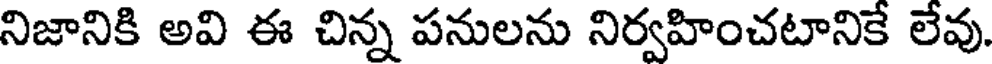
నిజానికి అవి ఈ చిన్న పనులను నిర్వహించటానికే లేవు.